Plague in India, 1896, 1897 - Volume 1
Year: 1896
Disease focus: Plague
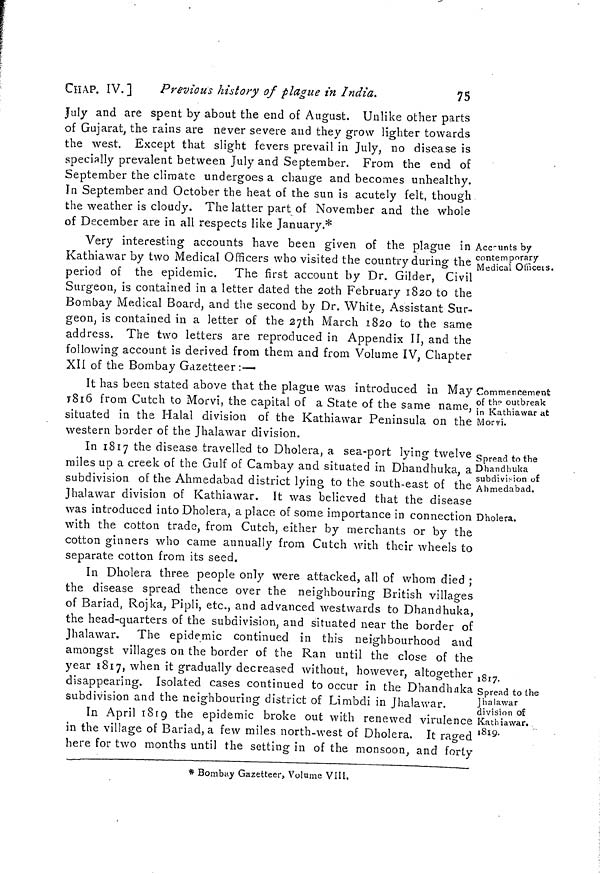
CHAP. IV.]
Previous history of plague in India.
75
July and are spent by about the end of August. Unlike other parts
of Gujarat, the rains are never severe and they grow lighter towards
the west. Except that slight fevers prevail in July, no disease is
specially prevalent between July and September. From the end of
September the climate undergoes a change and becomes unhealthy,
In September and October the heat of the sun is acutely felt, though
the weather is cloudy. The latter part of November and the whole
of December are in all respects like January.*
Accounts by
contemporary
Medical Officers.
Very interesting accounts have been given of the plague in
Kathiawar by two Medical Officers who visited the country during the
period of the epidemic. The first account by Dr. Gilder, Civil
Surgeon, is contained in a letter dated the 2oth February 1820 to the
Bombay Medical Board, and the second by Dr. White, Assistant Sur-
geon, is contained in a letter of the 27th March 1820 to the same
address. The two letters are reproduced in Appendix II, and the
following account is derived from them and from Volume IV, Chapter
XII of the Bombay Gazetteer :—
Commencement
of the outbreak
in Kathiawar at
Morvi.
It has been stated above that the plague was introduced in May
1816 from Cutch to Morvi, the capital of a State of the same name,
situated in the Halal division of the Kathiawar Peninsula on the
western border of the Jhalawar division.
Spread to the
Dhandhuka
subdivision of
Ahmedabad.
Dholera.
1817.
In 1817 the disease travelled to Dholera, a sea-port lying twelve
miles up a creek of the Gulf of Cambay and situated in Dhandhuka, a
subdivision of the Ahmedabad district lying to the south-east of the
Jhalawar division of Kathiawar. It was believed that the disease
was introduced into Dholera, a place of some importance in connection
with the cotton trade, from Cutch, either by merchants or by the
cotton ginners who came annually from Cutch with their wheels to
separate cotton from its seed.
In Dholera three people only were attacked, all of whom died ;
the disease spread thence over the neighbouring British villages
of Bariad, Rojka, Pipli, etc., and advanced westwards to Dhandhuka,
the head-quarters of the subdivision, and situated near the border of
Jhalawar. The epidemic continued in this neighbourhood and
amongst villages on the border of the Ran until the close of the
year 1817, when it gradually decreased without, however, altogether
disappearing. Isolated cases continued to occur in the Dhandhaka
subdivision and the neighbouring district of Limbdi in Jhalawar.
Spread to the
Jhalawar
division of
Kathiawar.
1819.
In April 1819 the epidemic broke out with renewed virulence
in the village of Bariad, a few miles north-west of Dholera. It raged
here for two months until the setting in of the monsoon, and forty
* Bombay Gazetteer, Volume VIII.